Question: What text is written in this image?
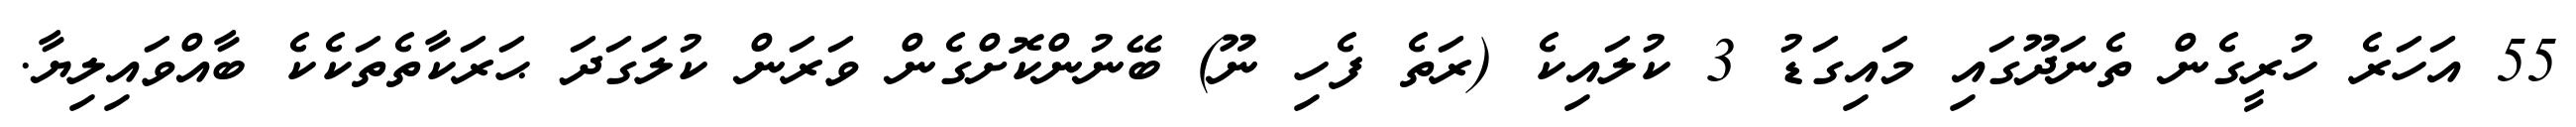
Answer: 55 އަހަރެ ހުރީގެން ތެނަދޫގައި މައިގަޑު 3 ކުލައިކެ (ރަތެ ފެހި ނޫ) ބޭނުންކޮށްގެން ވަރަން ކުލަގަދަ ޙަރަކާތެތަކެކެ ބާއްވައިލިޔާ.